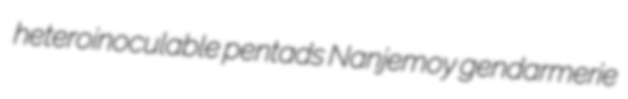
heteroinoculable pentads Nanjemoy gendarmerie